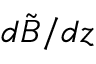
d \tilde { B } / d z